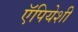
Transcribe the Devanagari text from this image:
ऍपियेशी